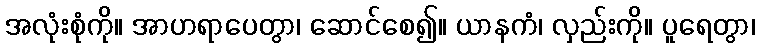
အလုံးစုံကို။ အာဟရာပေတွာ၊ ဆောင်စေ၍။ ယာနကံ၊ လှည်းကို။ ပူရေတွာ၊